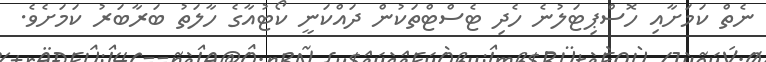
ނެތް ކަމަށާއި ހޮސްޕިޓަލުނެ ހެދި ޓެސްޓްތަކުން ދައްކަނީ ކޯޓުއާގެ ހާލަތު ބަރާބަރު ކަމަށެވެ.